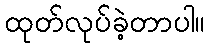
ထုတ်လုပ်ခဲ့တာပါ။